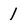
Character: 1